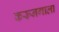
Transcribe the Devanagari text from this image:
करूनगाला